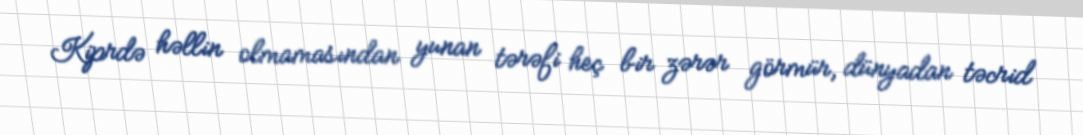
Kiprdə həllin olmamasından yunan tərəfi heç bir zərər görmür, dünyadan təcrid